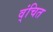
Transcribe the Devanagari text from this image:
व्ंचित